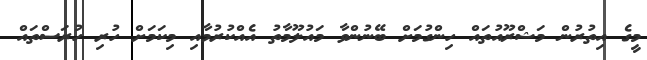
މީގެ އިތުރުން މަޝްރޫއުތައް ހިންގުމަށް ބޭނުންވާ މައުލޫމާތު އެއްކުރުމާއި މިކަމަށް ހުރި ހުރަސްތައް